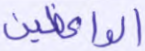
الواعظين